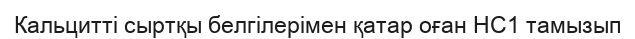
Кальцитті сыртқы белгілерімен қатар оған HC1 тамызып